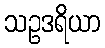
သဥဒရိယာ